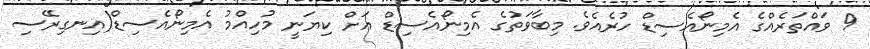
9 ވައްތަރެއްގެ އެމިނޯއެސިޑް ހުރެއެވެ. މިބާވަތުގެ އެމިނޯއެސިޑް އަށް ކިޔަނީ މުހިއްމު އެމިނޯއެސިޑް(އިނގިރޭސި